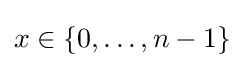
x\in \{0,\dots ,n-1\}